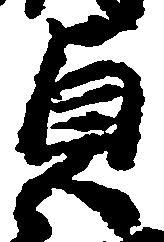
貞